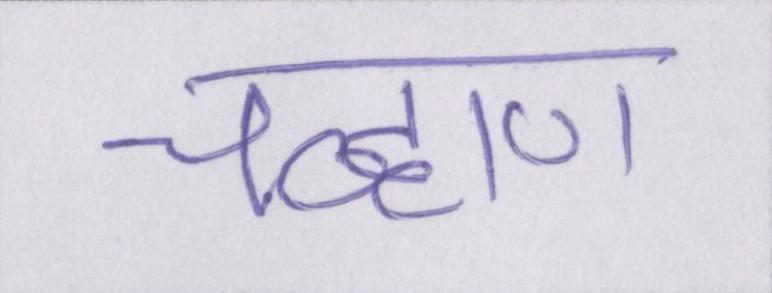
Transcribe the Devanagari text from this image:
चव्हाण